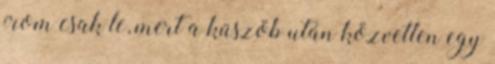
írom csak le, mert a küszöb után közvetlen egy